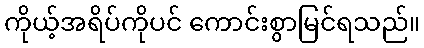
ကိုယ့်အရိပ်ကိုပင် ကောင်းစွာမြင်ရသည်။